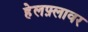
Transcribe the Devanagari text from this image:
हेलफ़्लावर